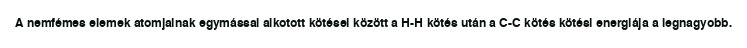
A nemfémes elemek atomjainak egymással alkotott kötései között a H-H kötés után a C-C kötés kötési energiája a legnagyobb.